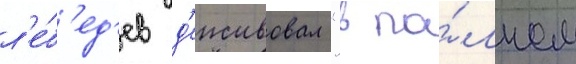
л'е́б'ед'ев д'еиствовал "в по́лном